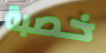
خصبة